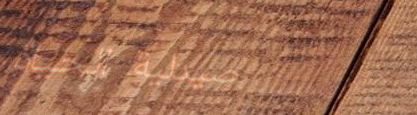
صيدلية الحياة